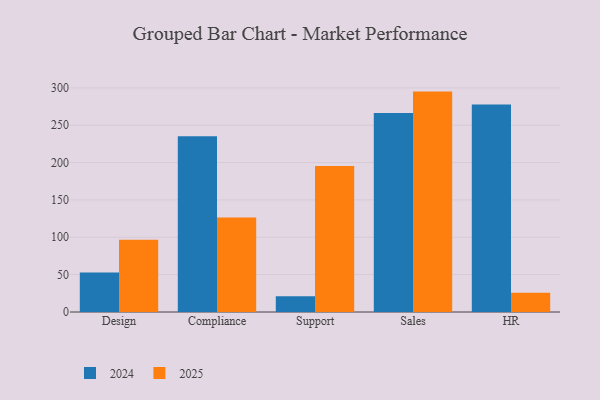
{"axis": {"x": "Department", "y": "Population (Million)"}, "legend": ["2024", "2025"], "data": [{"x": "Design", "y": 52.9, "type": "2024"}, {"x": "Design", "y": 96.8, "type": "2025"}, {"x": "Compliance", "y": 235.3, "type": "2024"}, {"x": "Compliance", "y": 126.5, "type": "2025"}, {"x": "Support", "y": 21.1, "type": "2024"}, {"x": "Support", "y": 195.4, "type": "2025"}, {"x": "Sales", "y": 266.3, "type": "2024"}, {"x": "Sales", "y": 295.0, "type": "2025"}, {"x": "HR", "y": 277.7, "type": "2024"}, {"x": "HR", "y": 25.7, "type": "2025"}]}